65_HS1-834228961_62-HQ-83894_Section_7
Agency: FBI
Page 196
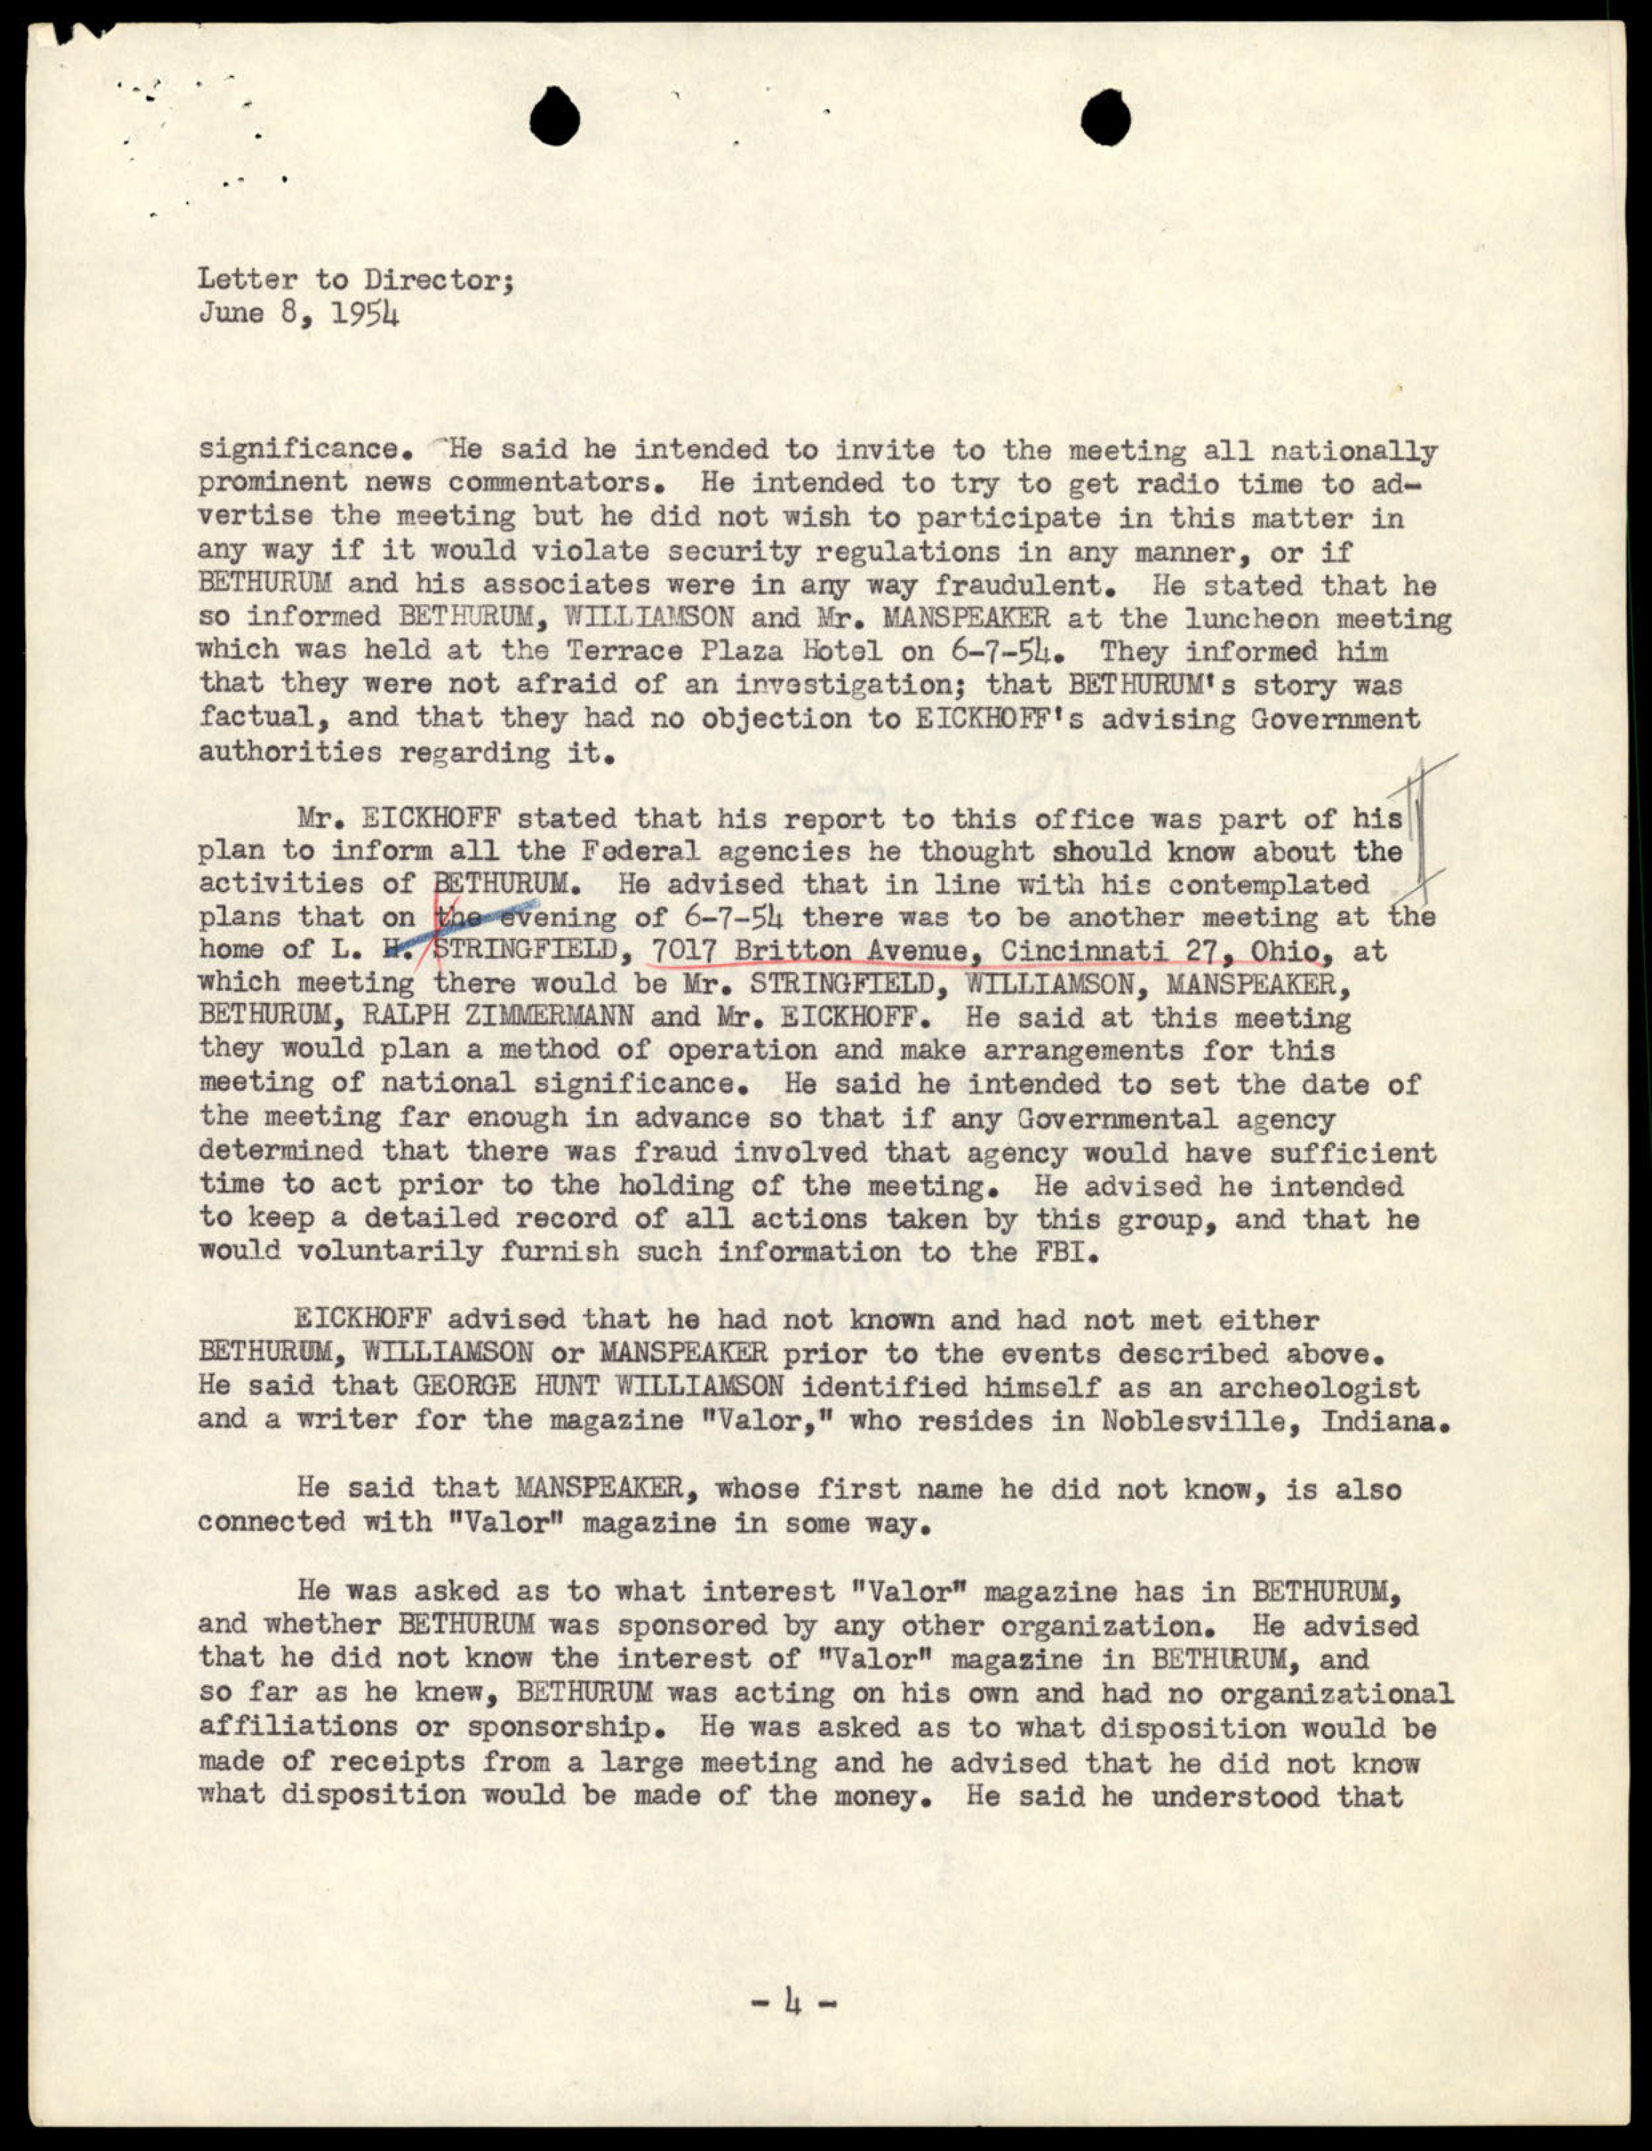